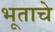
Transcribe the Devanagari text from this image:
भूताचे